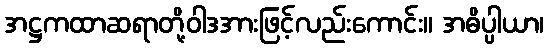
အဋ္ဌကထာဆရာတို့ဝါဒအားဖြင့်လည်းကောင်း။ အဓိပ္ပါယာ၊